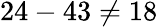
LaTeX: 24-43\neq 18